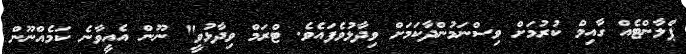
ޕްލާންޓެއް ގާއިމް ކުރުމަށް ވިސްނަމުންދާކަމަށް ވިދާޅުވެފައެވެ. ޓްރަމް ވިދާޅުވީ" ނޫން އެއީވާނެ ކަމެއްނޫން